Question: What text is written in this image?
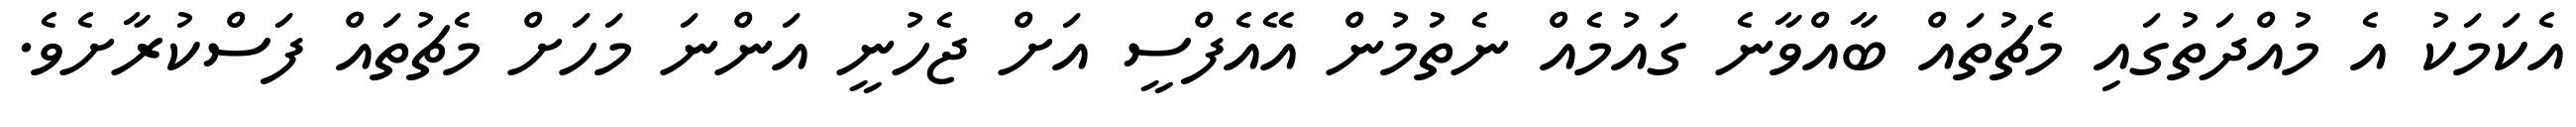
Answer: އެކަމަކު އެ މުއްދަތުގައި މެޗުތައް ބާއްވާނެ ގައުމެއް ނެތުމުން އޭއެފްސީ އަށް ޖެހުނީ އަންނަ މަހަށް މެޗުތައް ފަސްކުރާށެވެ.